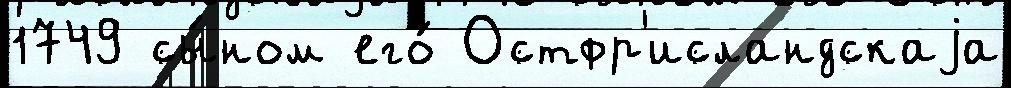
1749 сы́ном его́ Остфр'исландскаjа